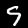
Digit: 9